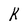
Character: K